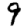
Digit: 9